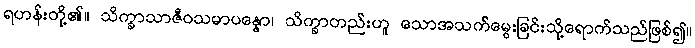
ရဟန်းတို့၏။ သိက္ခာသာဇီဝသမာပန္နော၊ သိက္ခာတည်းဟူ သောအသက်မွေးခြင်းသို့ရောက်သည်ဖြစ်၍။